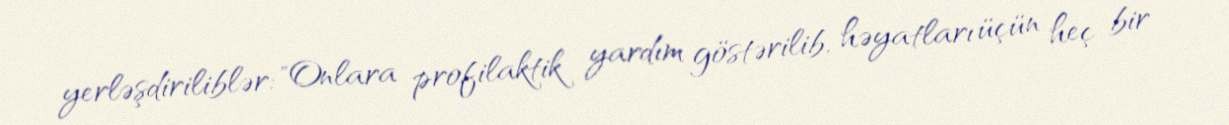
yerləşdiriliblər: "Onlara profilaktik yardım göstərilib, həyatları üçün heç bir